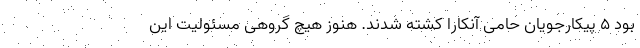
بود ۵ پیکارجویان حامی آنکارا کشته شدند. هنوز هیچ گروهی مسئولیت این